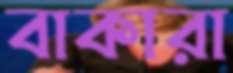
বাকারা